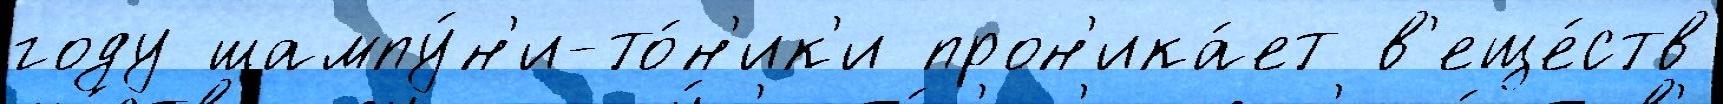
году шампу́н'и-то́н'ик'и прон'ика́ет в'еще́ств